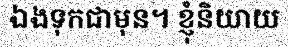
ឯងទុកជាមុន។ ខ្ញុំនិយាយ